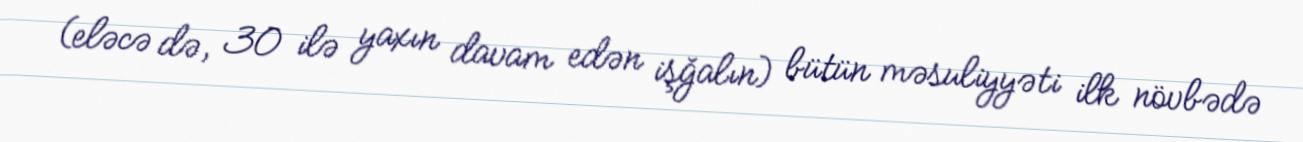
(eləcə də, 30 ilə yaxın davam edən işğalın) bütün məsuliyyəti ilk növbədə